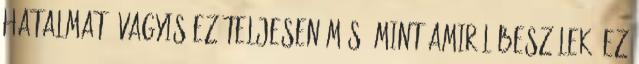
hatalmat, vagyis ez teljesen más, mint amiről beszélek. Ez